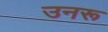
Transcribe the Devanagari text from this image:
उनरू